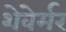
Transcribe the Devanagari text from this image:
शेवेर्मर